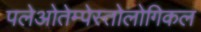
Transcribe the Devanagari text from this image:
पलेओतेम्पेस्तोलोगिकल